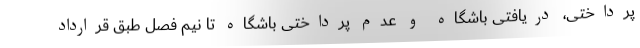
پرداختی، دریافتی باشگاه و عدم پرداختی باشگاه تا نیم فصل طبق قرارداد